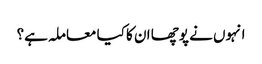
انہوں نے پوچھا ان کا کیا معاملہ ہے؟